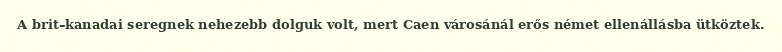
A brit–kanadai seregnek nehezebb dolguk volt, mert Caen városánál erős német ellenállásba ütköztek.